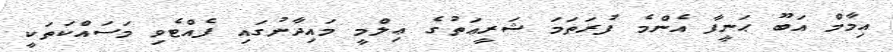
އިމާމް އަބޫ ޙަނީފާ އެންމެ ފުރަތަމަ ޝަރީޢަތުގެ ޢިލްމީ މައިދާނުގައި ފެއްޓެވި މަސައްކަތަކީ